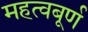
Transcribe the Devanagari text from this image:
महत्वबूर्ण